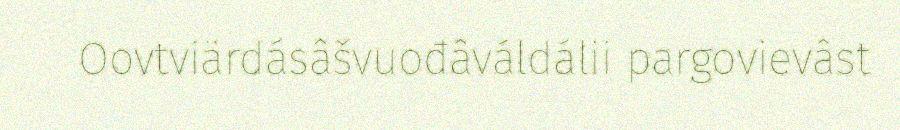
Oovtviärdásâšvuođâváldálii pargovievâst